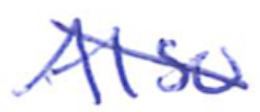
Text: Also
Cross-out: diagonal
Writing tool: ballpoint